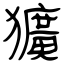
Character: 獷